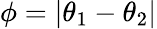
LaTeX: \phi=|\theta_{1}-\theta_{2}|